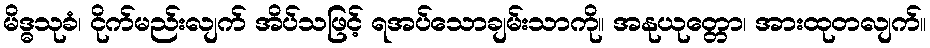
မိဒ္ဓသုခံ၊ ငိုက်မည်းလျက် အိပ်သဖြင့် ရအပ်သောချမ်းသာကို။ အနုယုတ္တော၊ အားထုတလျက်။